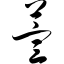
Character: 萱